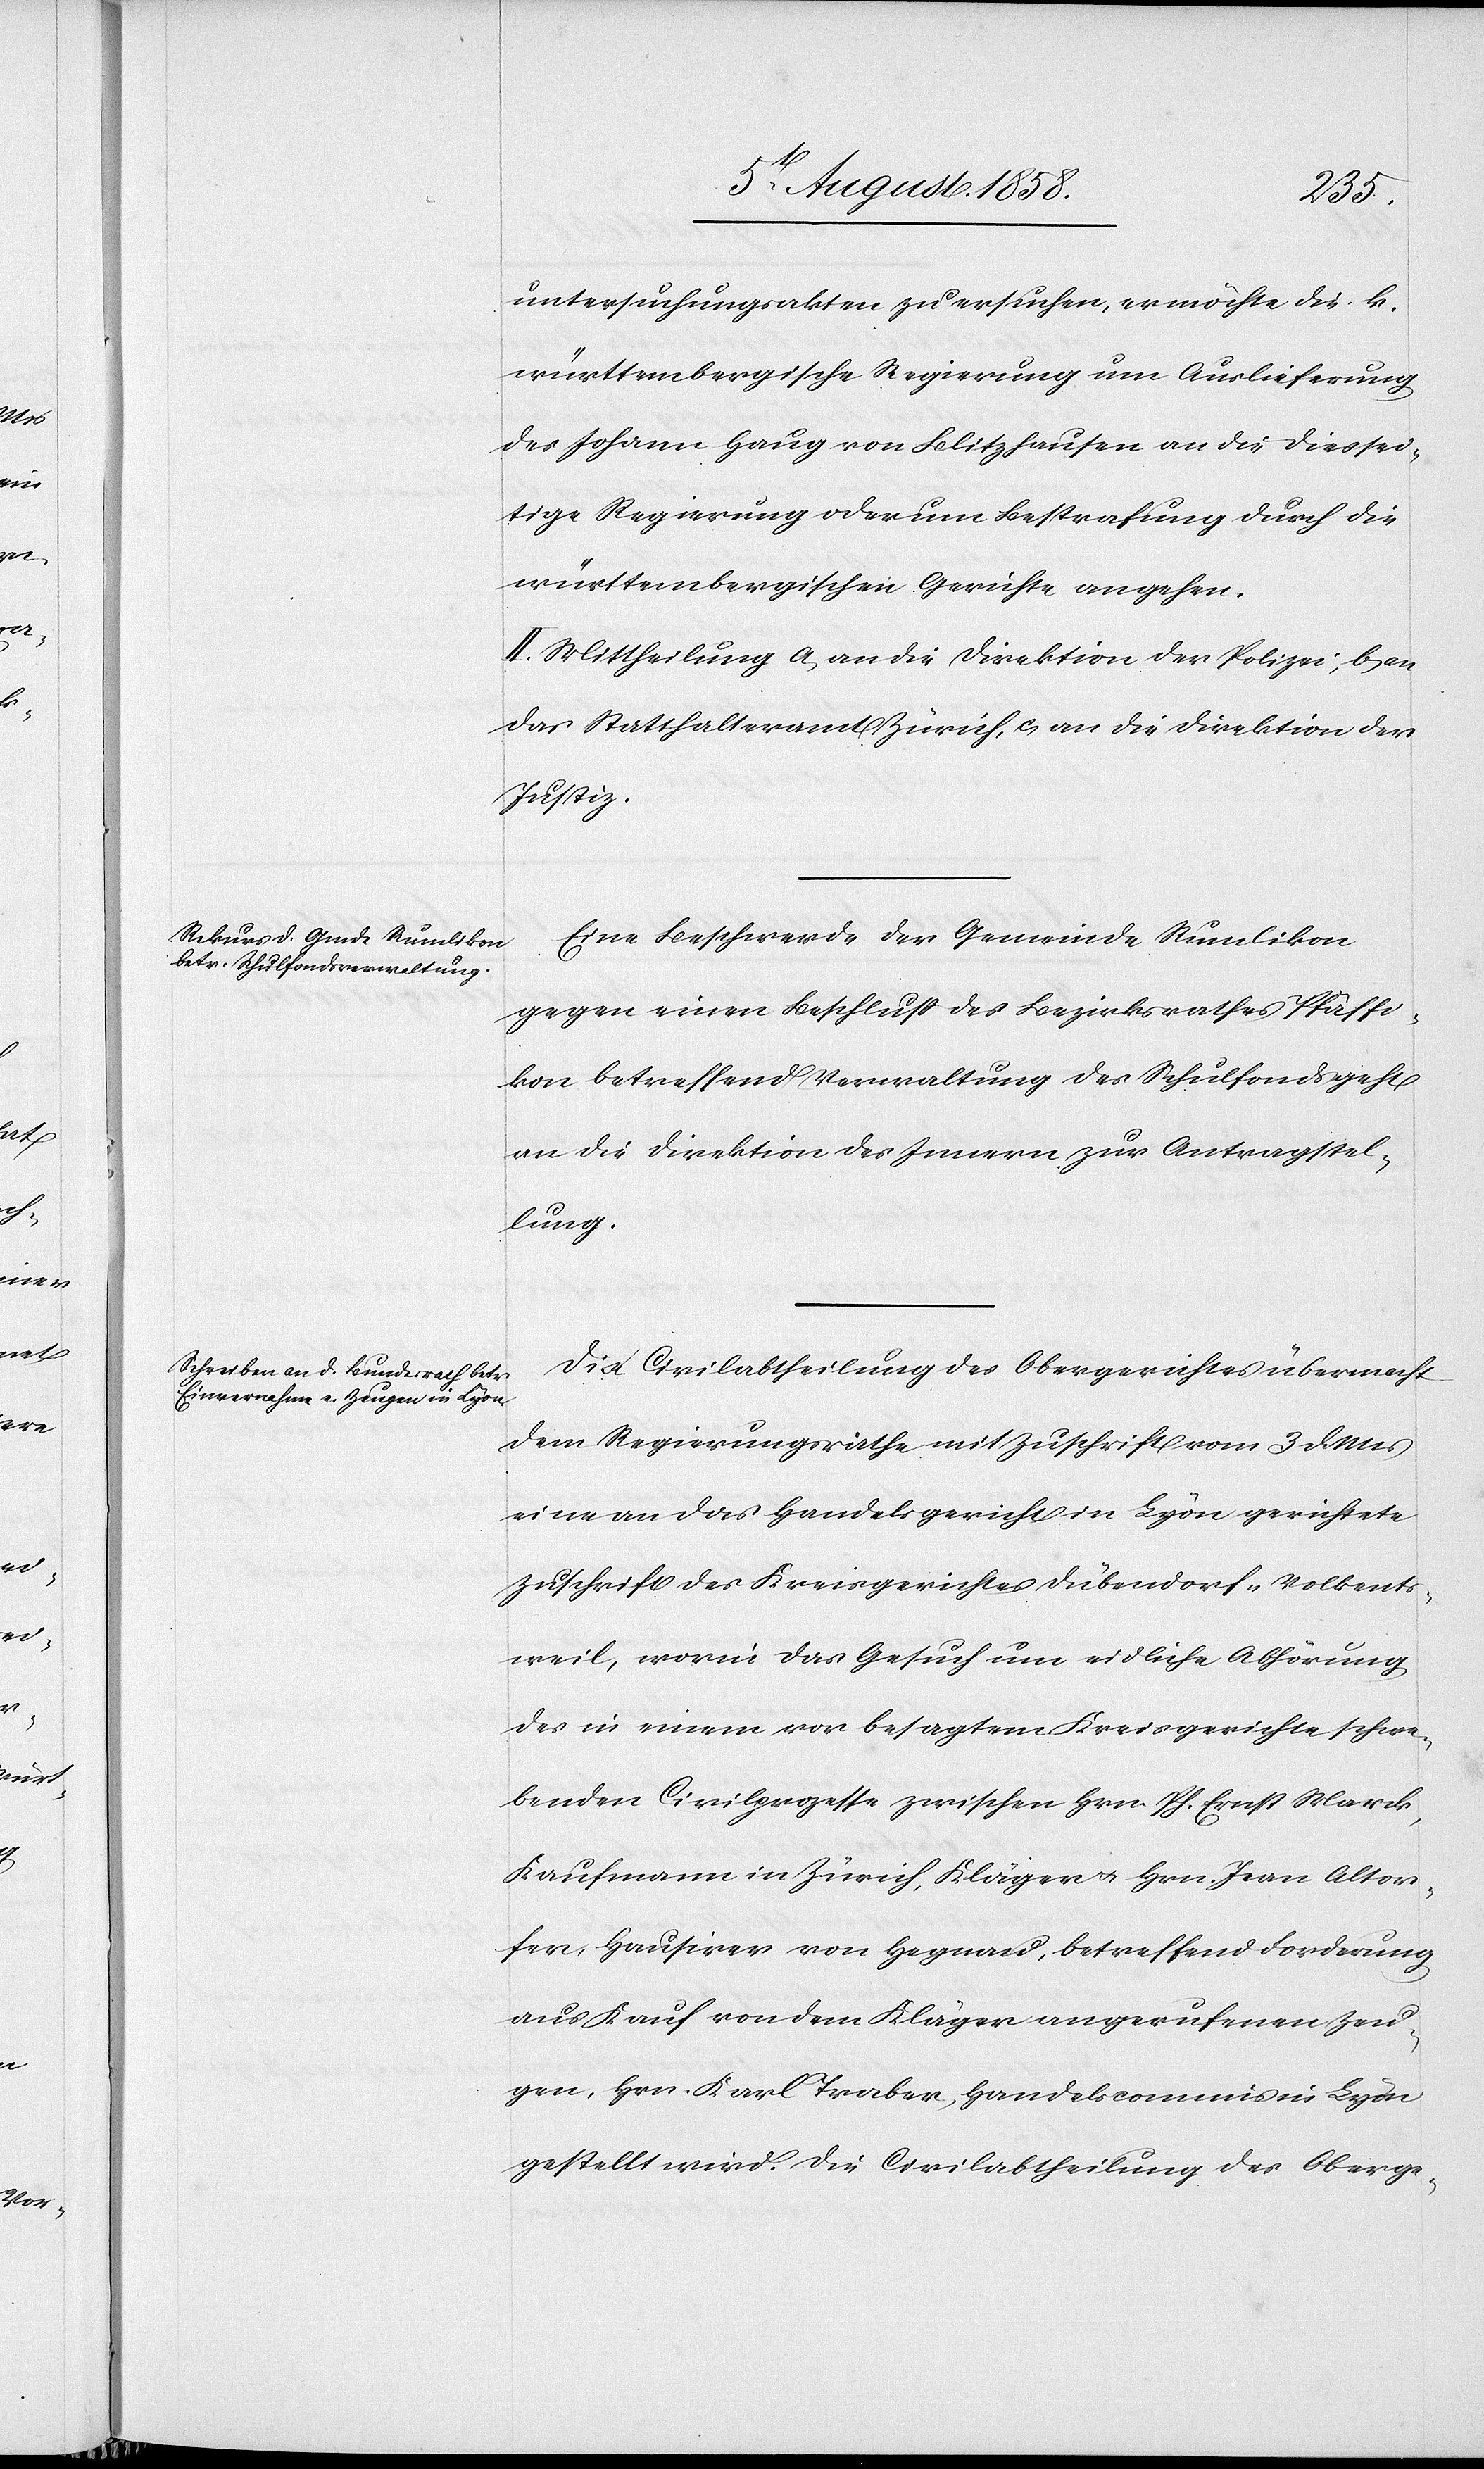
1858.]
untersuchungsakten zu ersuchen, er möchte die k.
württembergische Regierung um Auslieferung
des Johann Haug von Blitzhausen an die diessei¬
tige Regierung oder um Bestrafung durch die
württembergischen Gerichte angehen.
II. Mittheilung a) an die Direktion der Polizei, b) an
das Statthalteramt Zürich, c) an die Direktion der
Justiz.
Eine Beschwerde der Gemeinde Rumlikon
gegen einen Beschluss des Bezirksrathes Pfäffi¬
kon betreffend Verwaltung des Schulfonds geht
an die Direktion des Innern zur Antragstel¬
lung.
Die Civilabtheilung des Obergerichtes übermacht
dem Regierungsrathe mit Zuschrift vom 3 d. Mts
eine an das Handelsgericht in Lyon gerichtete
Zuschrift des Kreisgerichtes Dübendorf-Volkents¬
weil, worin das Gesuch um eidliche Abhörung
des in einem vor besagtem Kreisgerichte schwe¬
benden Civilprozesse zwischen Hrn. Ph. Ernst Marck,
Kaufmann in Zürich, Kläger & Hrn. Jean Altor¬
fer, Hausirer von Hegnau, betreffend Forderung
aus Kauf von dem Kläger angerufenen Zeu¬
gen, Hrn. Karl Traber, Handelscommis in Lyon
gestellt wird. Die Civilabtheilung des Oberge-